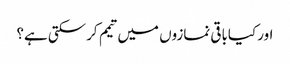
اور کیاباقی نمازوں میں تیمم کرسکتی ہے؟